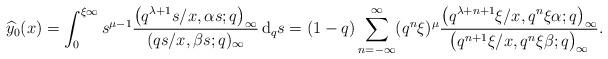
LaTeX: \begin{align*}& \widehat{y}_{0}(x) = \int_0^{\xi \infty}s^{\mu -1} \frac{\big(q^{\lambda+1}s/x, \alpha s ; q\big)_{\infty}}{(qs/x, \beta s ; q)_{\infty}}\,{\rm d}_{q}s = (1-q)\sum_{n=-\infty}^{\infty}(q^n\xi)^{\mu}\frac{\big(q^{\lambda+n+1}\xi / x, q^n \xi\alpha ; q\big)_{\infty}}{\big(q^{n+1}\xi / x, q^n \xi\beta ; q\big)_{\infty}} .\end{align*}